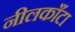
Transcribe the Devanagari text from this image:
नीलकाँटा